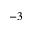
^ { - 3 }